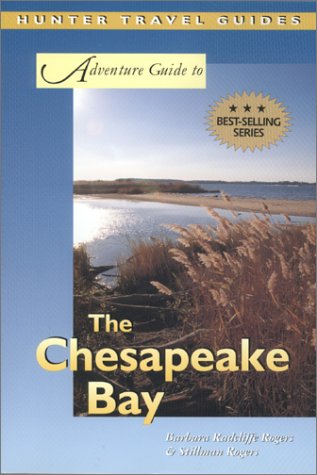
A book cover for The Chesapeake Bay (Adventure Guide to the Chesapeake Bay); Barbara Radcliffe Rogers; Travel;